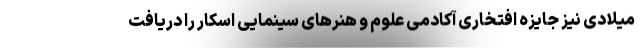
میلادی نیز جایزه افتخاری آکادمی علوم و هنرهای سینمایی اسکار را دریافت